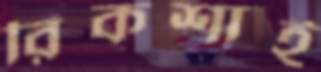
রিকশাই